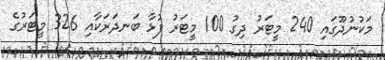
މަކުނުދޫގައި 240 މީޓަރު ދިގު 100 މީޓަރު ފުޅާ ބަނދަރަކާއި 326 މީޓަރުގެ